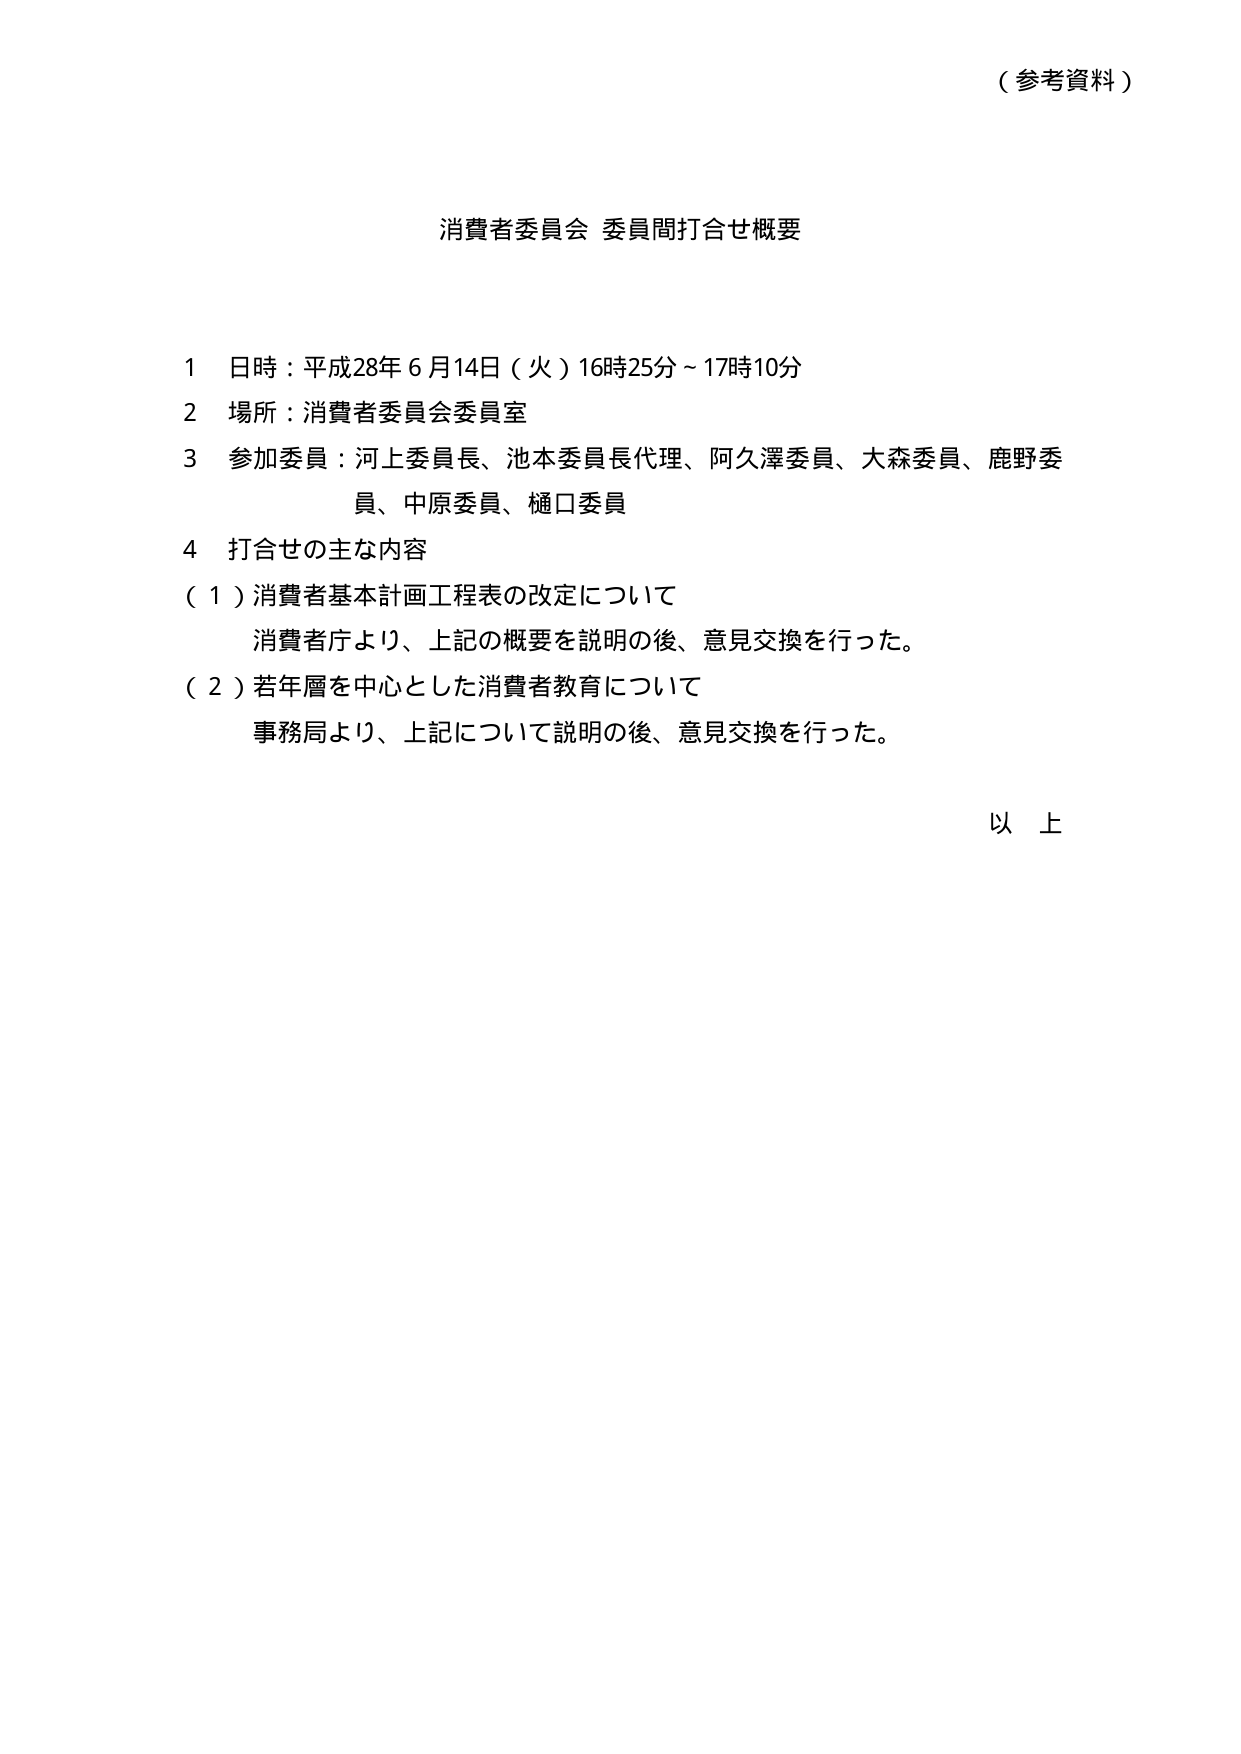
（参考資料）

消費者委員会 委員間打合せ概要

1 日時：平成28年6月14日（火）16時25分～17時10分
2 場所：消費者委員会委員室
3 参加委員：河上委員長、池本委員長代理、阿久澤委員、大森委員、鹿野委員、中原委員、樋口委員
4 打合せの主な内容
（1）消費者基本計画工程表の改定について
　　消費者庁より、上記の概要を説明の後、意見交換を行った。
（2）若年層を中心とした消費者教育について
　　事務局より、上記について説明の後、意見交換を行った。

以上